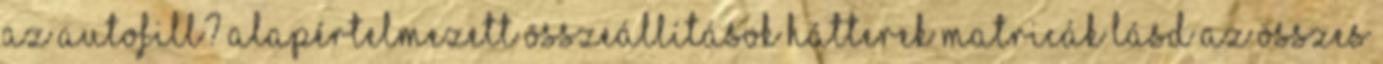
az Autofill? Alapértelmezett összeállítások Hátterek Matricák Lásd az összes